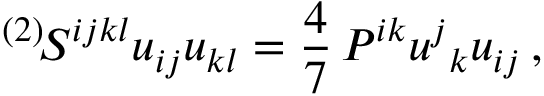
{ } ^ { ( 2 ) } \! S ^ { i j k l } u _ { i j } u _ { k l } = \frac 4 7 \, P ^ { i k } u ^ { j } { } _ { k } u _ { i j } \, ,